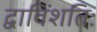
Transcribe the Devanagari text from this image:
द्वाविंशतिः